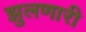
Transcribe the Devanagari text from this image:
झुलणारी